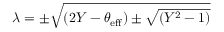
\lambda = \pm \sqrt { ( 2 Y - \theta _ { \mathrm { e f f } } ) \pm \sqrt { ( Y ^ { 2 } - 1 ) } }